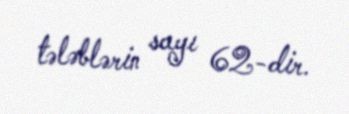
tələblərin sayı 62-dir.